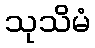
သုသိမံ